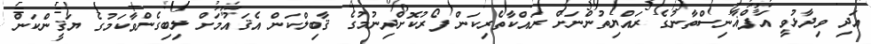
އަދި ވިދާޅުވީ އަފްޣާނިސްތާނުގެ ރައްޔިތުންނަށް ރައްކާތެރިކަން ފޯރުކޮށްދިނުމުގެ ޤާބިލްކަން އެޤައުމަށް ލިބިގެންވާކަމުގެ ޔަޤީންކަން